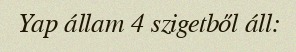
Yap állam 4 szigetből áll: